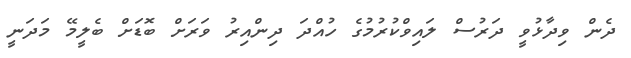
ދެން ވިދާޅުވީ ދަރުސް ލައިވްކުރުމުގެ ހުއްދަ ދިންއިރު ވަރަށް ބޮޑަށް ބެލީމޭ މަދަނީ